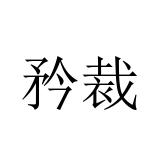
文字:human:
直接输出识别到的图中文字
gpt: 矜裁